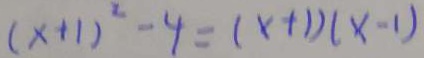
( x + 1 ) ^ { 2 } - 4 = ( x + 1 ) ( x - 1 )